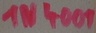
Text: 1W4001